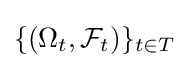
\{(\Omega _{t},{\mathcal {F}}_{t})\}_{t\in T}